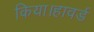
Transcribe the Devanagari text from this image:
किया।हावर्ड